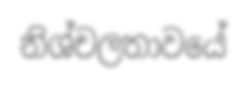
නිශ්චලතාවයේ